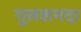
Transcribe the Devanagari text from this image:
गुलशनदा